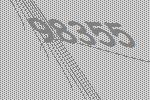
98355